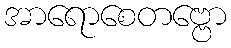
အာရောစေတဗ္ဗော